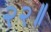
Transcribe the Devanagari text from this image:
२२॥